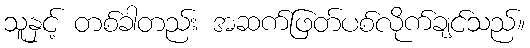
သူနှင့် တစ်ခါတည်း အဆက်ဖြတ်ပစ်လိုက်ချင်သည်။